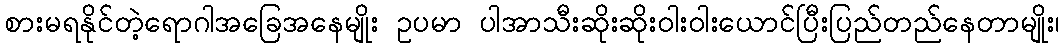
စားမရနိုင်တဲ့ရောဂါအခြေအနေမျိုး ဥပမာ ပါအာသီးဆိုးဆိုး၀ါး၀ါးယောင်ပြီးပြည်တည်နေတာမျိုး၊